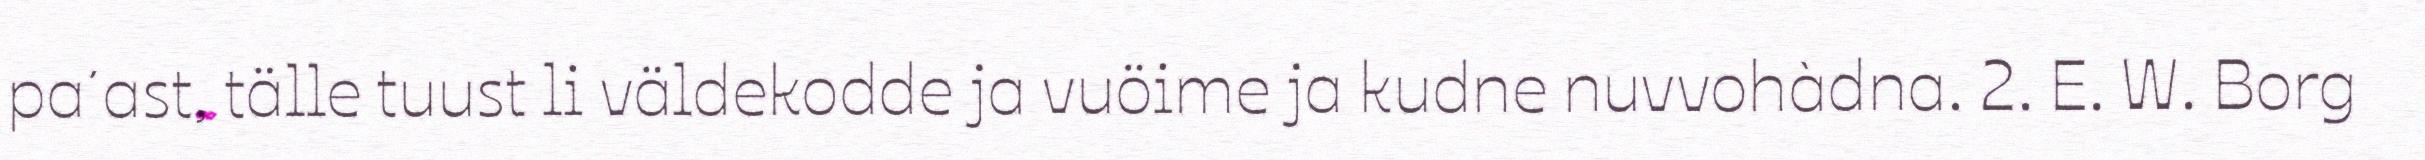
pa´ast, tälle tuust li väldekodde ja vuöime ja kudne nuvvohàdna. 2. E. W. Borg